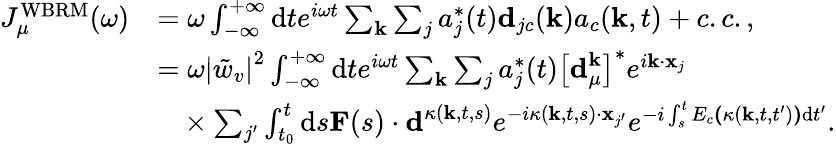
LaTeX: \begin{array}{rl}{J_{\mu}^{\mathrm{WBRM}}(\omega)}&{=\omega\int_{-\infty}^{+\infty}\mathrm{d}te^{i\omega t}\sum_{\textbf{k}}\sum_{j}a_{j}^{*}(t)\textbf{d}_{jc}(\textbf{k})a_{c}(\textbf{k},t)+c.c.,}\\ &{=\omega\left|\tilde{w}_{v}\right|^{2}\int_{-\infty}^{+\infty}\mathrm{d}te^{i\omega t}\sum_{\mathbf{k}}\sum_{j}a_{j}^{*}(t)\left[\textbf{d}_{\mu}^{\textbf{k}}\right]^{*}e^{i\textbf{k}\cdot\textbf{x}_{j}}}\\ &{\ \ \ \times\sum_{j^{\prime}}\int_{t_{0}}^{t}\mathrm{d}s\textbf{F}(s)\cdot\textbf{d}^{\kappa(\textbf{k},t,s)}e^{-i\kappa(\textbf{k},t,s)\cdot\textbf{x}_{j^{\prime}}}e^{-i\int_{s}^{t}E_{c}\textbf{(}\kappa(\textbf{k},t,t^{\prime})\textbf{)}\mathrm{d}t^{\prime}}.}\end{array}